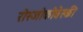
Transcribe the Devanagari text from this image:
रोस्‍जोकोवेस्‍की